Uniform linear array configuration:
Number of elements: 64
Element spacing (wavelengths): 0.5
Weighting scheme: hann
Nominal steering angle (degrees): -60
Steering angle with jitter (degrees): -59.682
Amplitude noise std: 0.05
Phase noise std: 0.05

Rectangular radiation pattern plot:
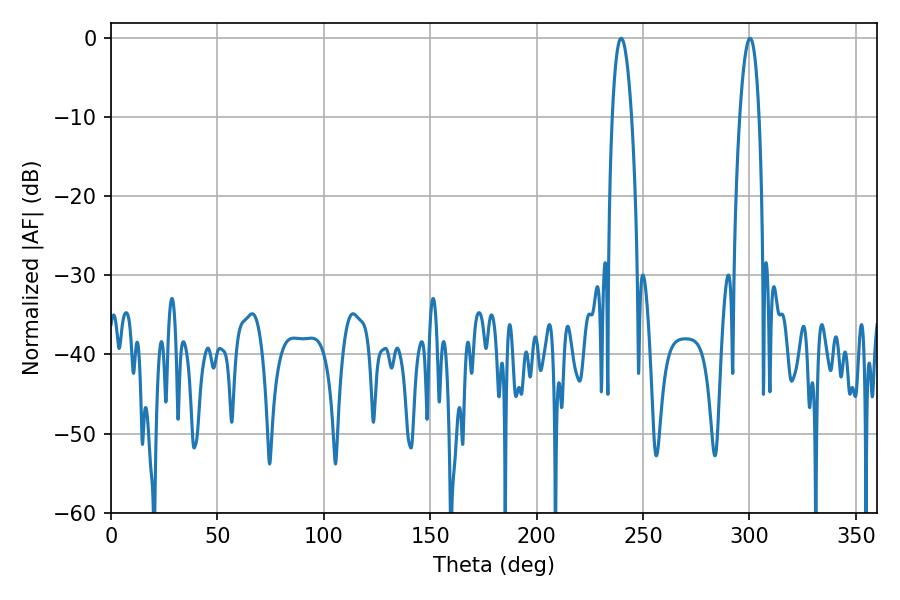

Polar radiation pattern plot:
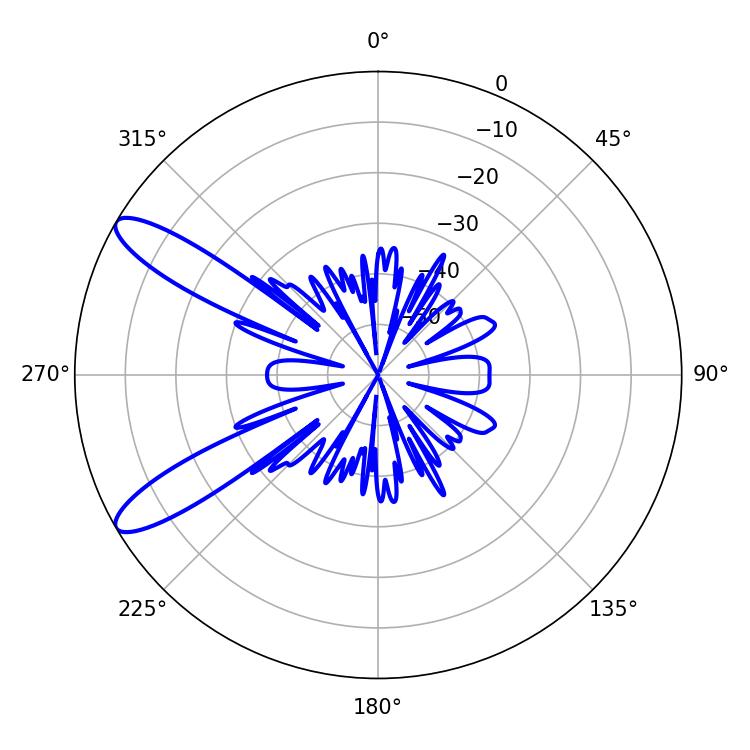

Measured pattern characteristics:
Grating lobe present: FALSE
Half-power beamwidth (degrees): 5.04
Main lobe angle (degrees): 239.76